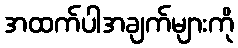
အထက်ပါအချက်များကို